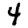
Digit: 4